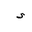
Letter: _hamza